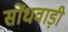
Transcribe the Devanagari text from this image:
सोंधवाड़ी